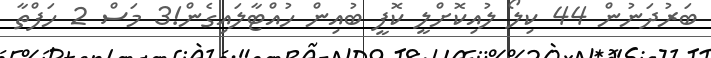
ބަރުދަނުން 44 ކިލޯ ލުއިކޮށްލީ ކޮފީ ބުއިން ހުއްޓާލައިގެން!3 މަސް 2 ހަފްތާ